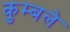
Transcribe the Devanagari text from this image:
कुम्बले